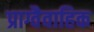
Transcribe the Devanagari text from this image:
प्राग्वैवाहिक